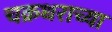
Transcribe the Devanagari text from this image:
चक्रधराच्या